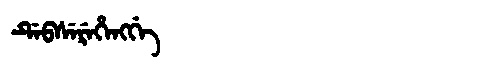
Manchu: ᡩᡝᠪᠰᡝᡵᡝᡥᡝᠩᡤᡝ
Romanization: DEBSEREHENGGE